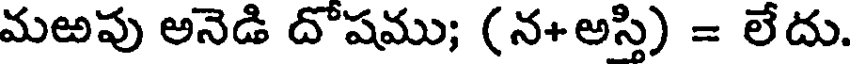
మఱపు అనెడి దోషము; (న+అస్తి) = లేదు.